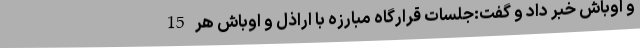
و اوباش خبر داد و گفت:جلسات قرارگاه مبارزه با اراذل و اوباش هر 15